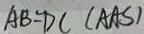
A B = D C ( A A S )